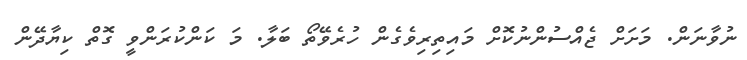
ނުވާނަން. މަށަށް ޖެއްސުންނުކޮށް މައިތިރިވެގެން ހުރެވޭތޯ ބަލާ. މަ ކަންކުރަންވީ ގޮތް ކިޔާދޭން